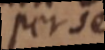
per se